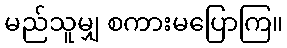
မည်သူမျှ စကားမပြောကြ။